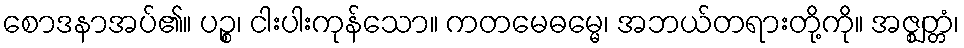
စောဒနာအပ်၏။ ပဉ္စ၊ ငါးပါးကုန်သော။ ကတမေဓမ္မေ၊ အဘယ်တရားတို့ကို။ အဇ္ဈတ္တံ၊